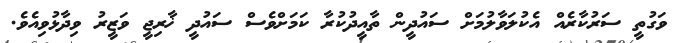
ވަގުތީ ސަރުކާރެއް އެކުލަވާލުމަށް ސައުދީން ތާއީދުކުރާ ކަމަށްވެސް ސައުދީ ޚާރިޖީ ވަޒީރު ވިދާޅުވިއެވެ.